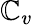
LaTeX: \mathbb{C}_{v}